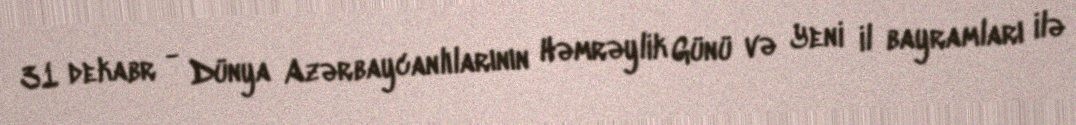
31 dekabr - Dünya Azərbaycanlılarının Həmrəylik Günü və Yeni il bayramları ilə